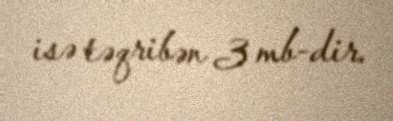
isə təqribən 3 mb-dir.